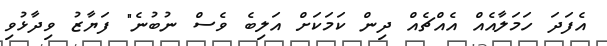
އެފަދަ ހަމަލާއެއް އެއްޗެއް ދިން ކަމަކަށް އަލިބެ ވެސް ނުބުނެ" ފަޔާޒު ވިދާޅުވި